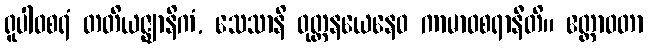
ရူပါဝစရံ တတိယဇ္ဈာနိကံ, သေသာနိ ဝုတ္တနယေနေဝ ကာမာဝစရာနီတိ။ ဧတ္တာဝတာ